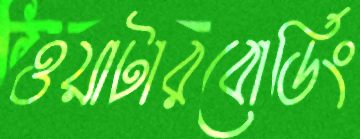
ওয়াটারবোর্ডিং